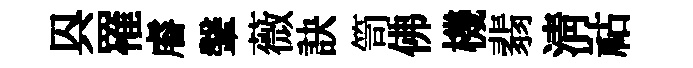
㒷罹𥈠鞶薇訣笥佛機翡淸祜